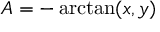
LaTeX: A = - \arctan ( x , y )